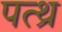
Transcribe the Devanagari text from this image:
पत्थ्र